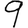
Digit: 9